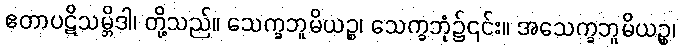
ဧတာပဋိသမ္ဘိဒါ၊ တို့သည်။ သေက္ခဘူမိယဉ္စ၊ သေက္ခဘုံ၌၎င်း။ အသေက္ခဘူမိယဉ္စ၊